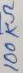
Text: 100KΩ